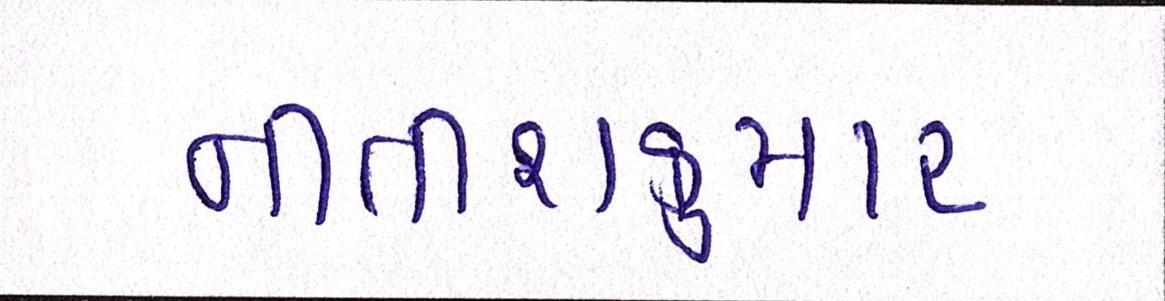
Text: નીતીશકુમાર